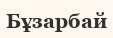
Бұзарбай